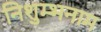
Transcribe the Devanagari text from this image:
निशुम्भनाम